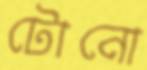
টোনো